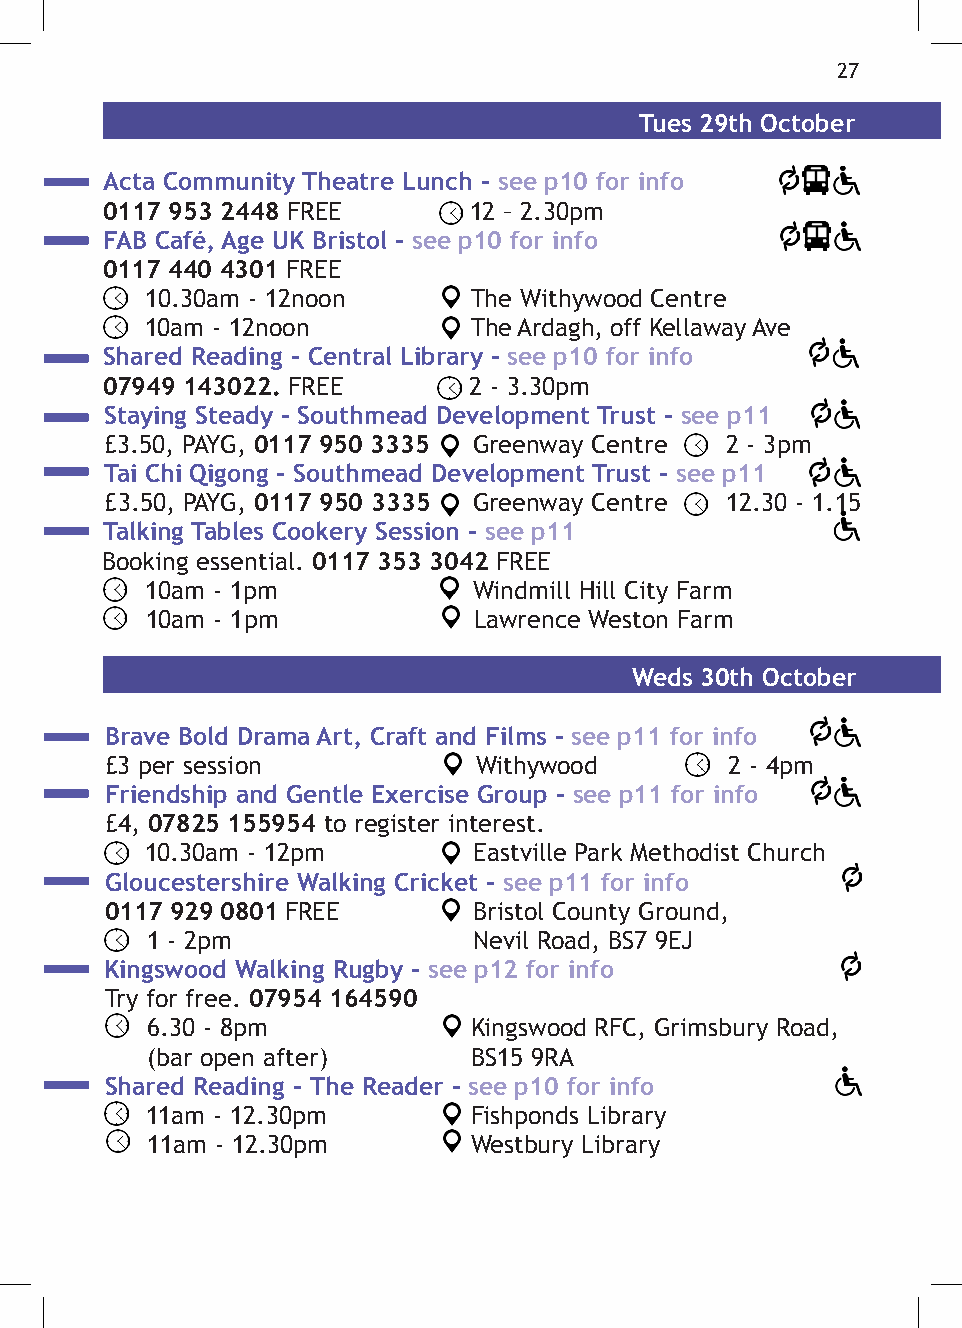
27
 Tues 29th October
 Acta Community Theatre Lunch - see p10 for info
 0117 953 2448 FREE      12 – 2.30pm
 FAB Café, Age UK Bristol - see p10 for info
 0117 440 4301 FREE
 10.30am - 12noon     The Withywood Centre
 10am - 12noon        The Ardagh, off Kellaway Ave
 Shared Reading - Central Library - see p10 for info
 07949 143022. FREE      2 - 3.30pm
 Staying Steady - Southmead Development Trust - see p11
 £3.50, PAYG, 0117 950 3335 Greenway Centre 2 - 3pm
 Tai Chi Qigong - Southmead Development Trust - see p11
 £3.50, PAYG, 0117 950 3335 Greenway Centre 12.30 - 1.15
 Talking Tables Cookery Session - see p11
 Booking essential. 0117 353 3042 FREE
 10am - 1pm           Windmill Hill City Farm
 10am - 1pm           Lawrence Weston Farm
 Weds 30th October
 Brave Bold Drama Art, Craft and Films - see p11 for info
 £3 per session           Withywood       2 - 4pm
 Friendship and Gentle Exercise Group - see p11 for info
 £4, 07825 155954 to register interest.
 10.30am - 12pm       Eastville Park Methodist Church
 Gloucestershire Walking Cricket - see p11 for info
 0117 929 0801 FREE      Bristol County Ground,
 1 - 2pm              Nevil Road, BS7 9EJ
 Kingswood Walking Rugby - see p12 for info
 Try for free. 07954 164590
 6.30 - 8pm           Kingswood RFC, Grimsbury Road,
 (bar open after)     BS15 9RA
 Shared Reading - The Reader - see p10 for info
 11am - 12.30pm       Fishponds Library
 11am - 12.30pm       Westbury Library